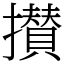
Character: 攅